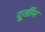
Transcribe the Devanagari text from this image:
दुूर्खीम